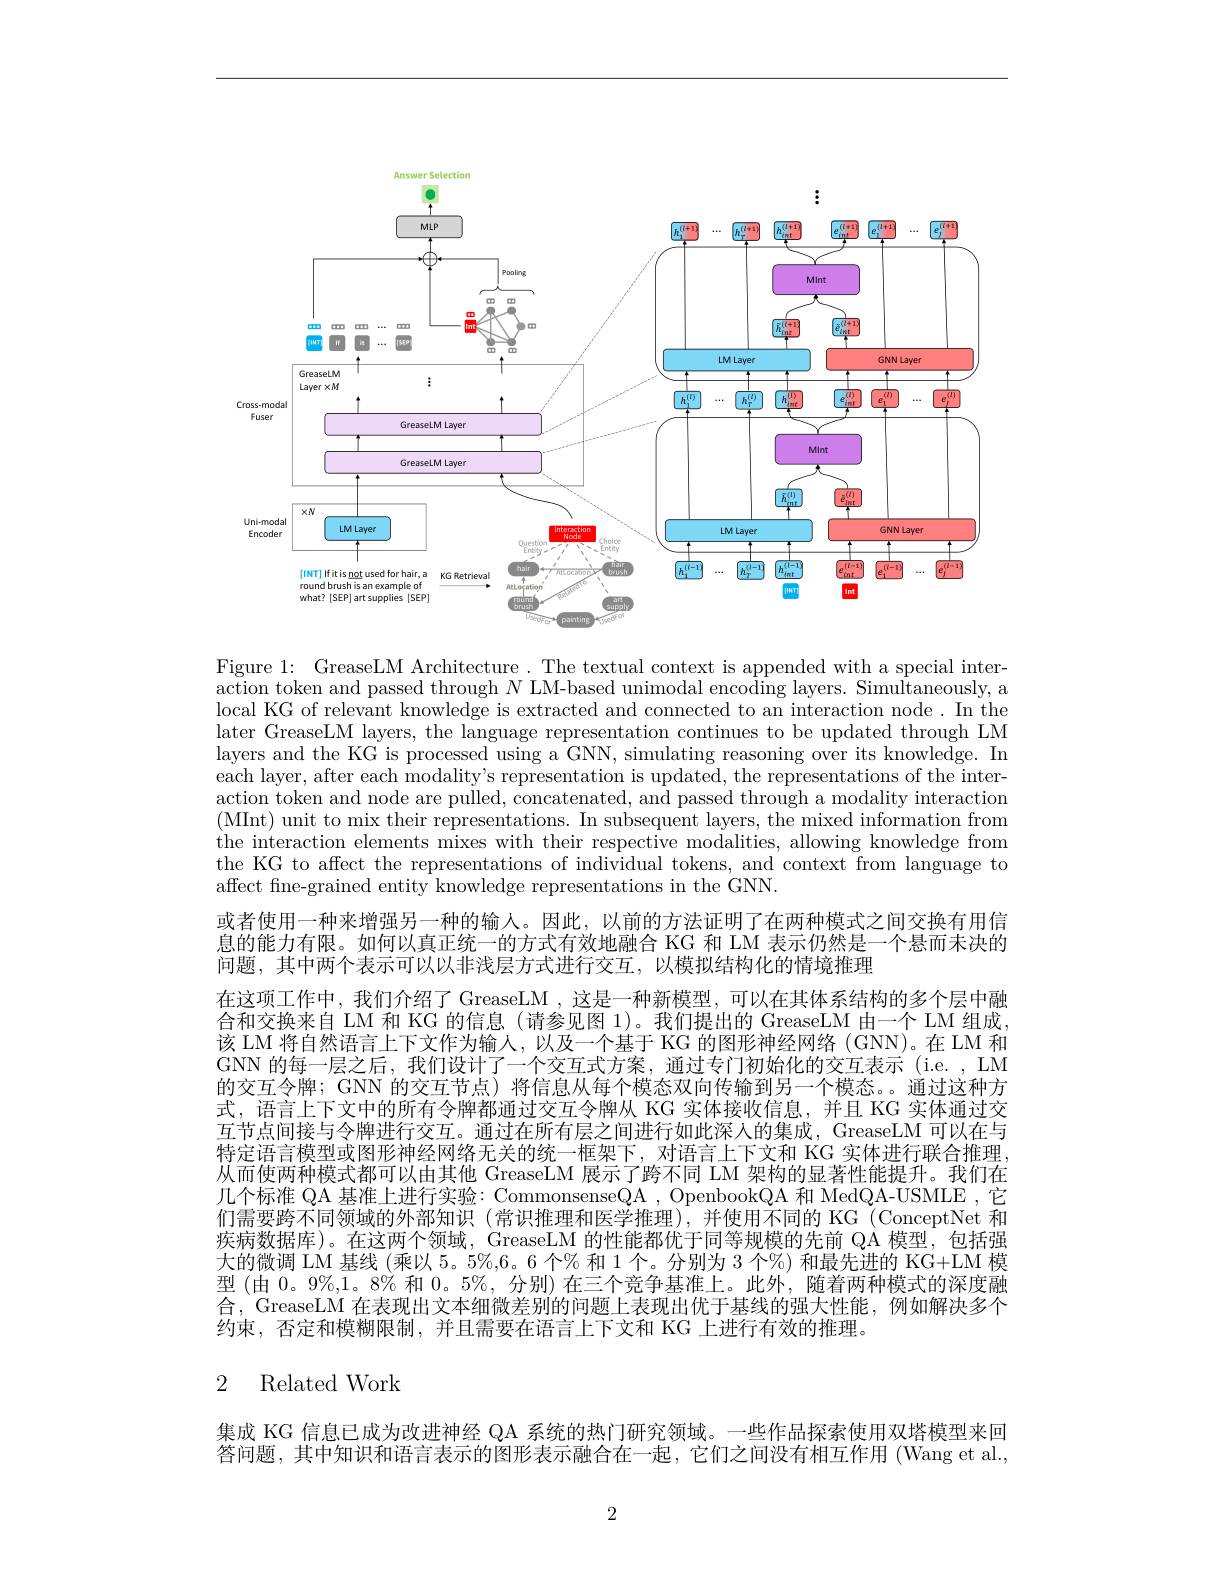
<FigureHere>

Figure 1: GreaseLM Architecture. The textual context is appended with a special interaction token and passed through $N$ LM-based unimodal encoding layers. Simultaneously, a local KG of relevant knowledge is extracted and connected to an interaction node. In the later GreaseLM layers, the language representation continues to be updated through LM layers and the KG is processed using a GNN, simulating reasoning over its knowledge. In each layer, after each modality's representation is updated, the representations of the interaction token and node are pulled, concatenated, and passed through a modality interaction (MInt) unit to mix their representations. In subsequent layers, the mixed information from the interaction elements mixes with their respective modalities, allowing knowledge from the KG to affect the representations of individual tokens, and context from language to affect fine-grained entity knowledge representations in the GNN.
或者使用一种来增强另一种的输入。因此，以前的方法证明了在两种模式之间交换有用信息的能力有限。如何以真正统一的方式有效地融合 KG 和 LM 表示仍然是一个悬而未决的问题，其中两个表示可以以非浅层方式进行交互，以模拟结构化的情境推理
在这项工作中，我们介绍了 GreaseLM ,这是一种新模型，可以在其体系结构的多个层中融合和交换来自 LM 和 KG 的信息 (请参见图 1)。我们提出的 GreaseLM 由一个 LM 组成， 该 LM 将自然语言上下文作为输人，以及一个基于 KG 的图形神经网络(GNN)。在 LM 和GNN 的每一层之后，我们设计了一个交互式方案，通过专门初始化的交互表示 (i.e. , LM 的交互令牌；GNN 的交互节点) 将信息从每个模态双向传输到另一个模态。。通过这种方式，语言上下文中的所有令牌都通过交互令牌从 KG 实体接收信息，并且 KG 实体通过交互节点间接与令牌进行交互。通过在所有层之间进行如此深人的集成，GreaseLM 可以在与特定语言模型或图形神经网络无关的统一框架下，对语言上下文和 KG 实体进行联合推理， 从而使两种模式都可以由其他 GreaseLM 展示了跨不同 LM 架构的显著性能提升。我们在几个标准 QA 基准上进行实验：CommonsenseQA , OpenbookQA 和 MedQA-USMLE ,它们需要跨不同领域的外部知识(常识推理和医学推理),并使用不同的 KG (ConceptNet 和疾病数据库)。在这两个领域，GreaseLM 的性能都优于同等规模的先前 QA 模型，包括强大的微调 LM 基线 (乘以 5。5%,6。6 个% 和 1 个。分别为 3 个%) 和最先进的 KG+LM 模型(由 0。9%,1。8% 和0。5%, 分别) 在三个竞争基准上。此外，随着两种模式的深度融合，GreaseLM 在表现出文本细微差别的问题上表现出优于基线的强大性能，例如解决多个约束，否定和模糊限制，并且需要在语言上下文和 KG 上进行有效的推理。

# 2 Related Work

集成 KG 信息已成为改进神经 QA 系统的热门研究领域。一些作品探索使用双塔模型来回答问题，其中知识和语言表示的图形表示融合在一起，它们之间没有相互作用 (Wang et al.,

2